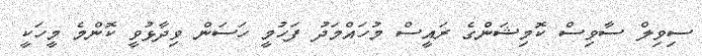
ސިވިލް ސާވިސް ކޮމިޝަންގެ ރައީސް މުހައްމަދު ފަހުމީ ހަސަން ވިދާޅުވީ ކޮންމެ މީހަކީ